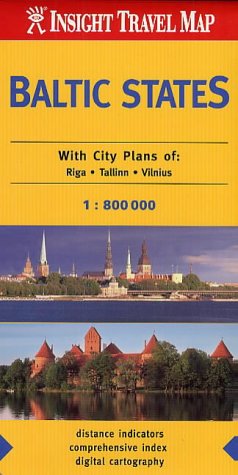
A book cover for Baltic States Insight Travel Map; *             ; Travel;